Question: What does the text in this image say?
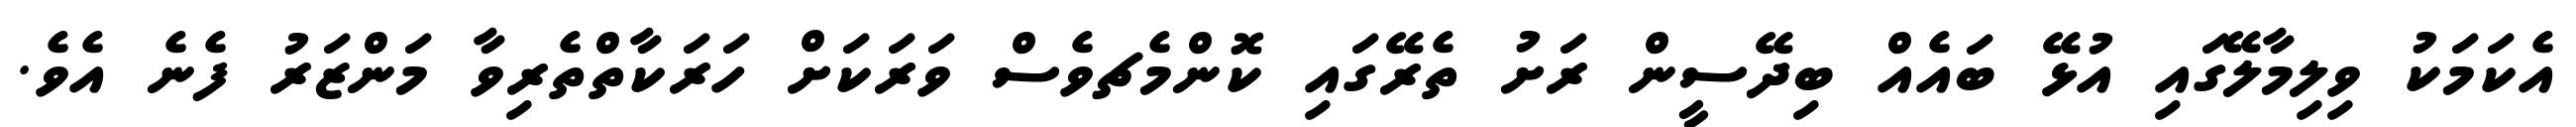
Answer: އެކަމަކު ވިލިމާލޭގައި އުޅޭ ބައެއް ބިދޭސީން ރަށު ތެރޭގައި ކޮންމެޗވެސް ވަރަކަށް ހަރަކާތްތެރިވާ މަންޒަރު ފެނެ އެވެ.